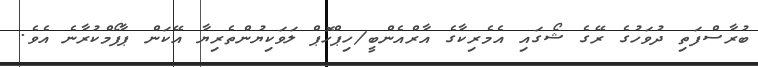
ބުރާސްފަތި ދުވަހުގެ ރޭގެ ޝޯގައި އެމެރިކާގެ އާރްއެންބީ/ހިޕްހޮޕް ލަވަކިޔުންތެރިޔާ އޭކަން ޕާފޯމްކުރާނެ އެވެ.